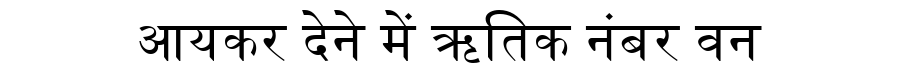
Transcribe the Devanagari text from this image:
आयकर देने में ऋतिक नंबर वन